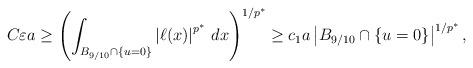
LaTeX: \begin{align*}C\varepsilon a\ge \left( \int_{B_{9/10}\cap \left\{u=0\right\}}\left|\ell(x)\right|^{p^*}\,dx\right)^{1/p^*}\ge c_1a\left|B_{9/10}\cap \left\{u=0\right\}\right|^{1/p^*},\end{align*}